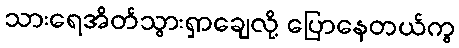
သားရေအိတ်သွားရှာချေလို့ ပြောနေတယ်ကွ